Leaving Certificate Examination, 1923
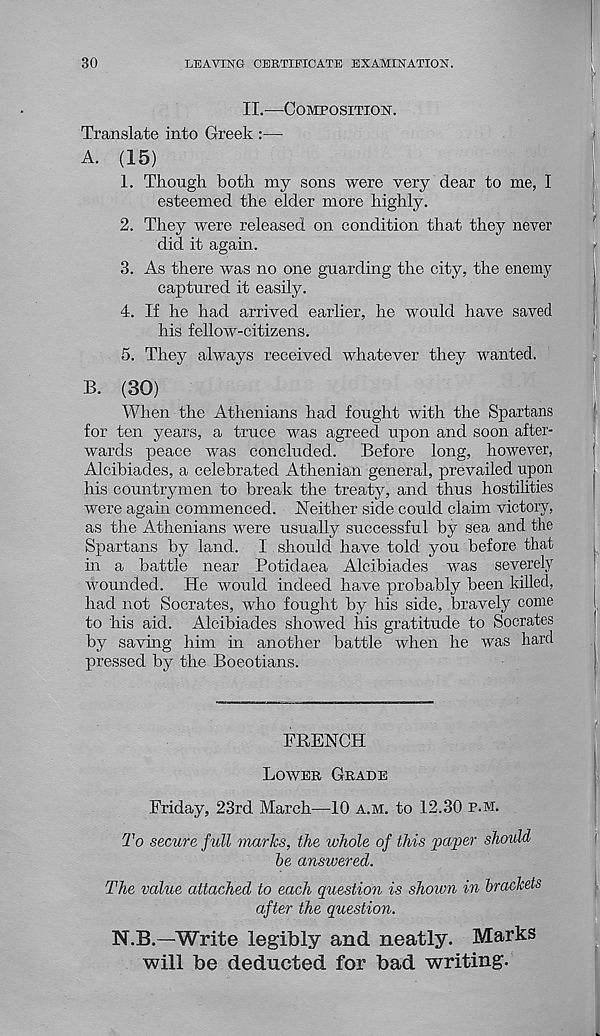
30
LEAVING CERTIFICATE EXAMINATION.
II.—Composition.
Translate into Greek :—
A. (15)
1. Though both my sons were very dear to me, I
esteemed the elder more highly.
2. They were released on condition that they never
did it again.
3. As there was no one guarding the city, the enemy
captured it easily.
4. If he had arrived earlier, he would have saved
his fellow-citizens.
5. They always received whatever they wanted.
B. (30)
When the Athenians had fought with the Spartans
for ten years, a truce was agreed upon and soon after-
wards peace was concluded.
Before long, however,
Alcibiades, a celebrated Athenian general, prevailed upon
his countrymen to break the treaty, and thus hostilities
were again commenced. Neither side could claim victory,
as the Athenians were usually successful by sea and the
Spartans by land. I should have told you before that
in a battle near Potidaea Alcibiades was severely
wounded. He would indeed have probably been killed,
had not Socrates, who fought by his side, bravely come
to his aid. Alcibiades showed Ids gratitude to Socrates
by saving him in another battle when he was hard
pressed by the Boeotians.
FRENCH
Lower Grade
Friday, 23rd March—10 a.m. to 12.30 p.m.
To secure full marks, the whole of this paper should
be answered.
The value attached to each question is shown in brackets
after the question.
N.B.—Write legibly and neatly. Marks
will be deducted for bad writing.